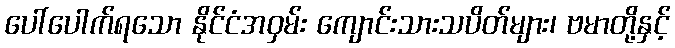
ပေါ်ပေါက်ရသော နိုင်ငံအဝှမ်း ကျောင်းသားသပိတ်များ၊ ဗမာတို့နှင့်